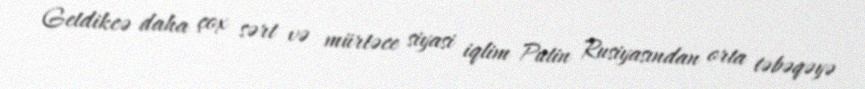
Getdikcə daha çox sərt və mürtəce siyasi iqlim Putin Rusiyasından orta təbəqəyə